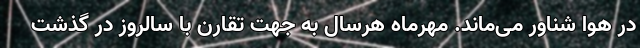
در هوا شناور می‌ماند. مهرماه هرسال به جهت تقارن با سالروز در گذشت